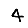
Digit: 4